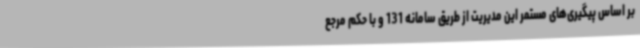
بر اساس پیگیری‌های مستمر این مدیریت از طریق سامانه 131 و با حکم مرجع